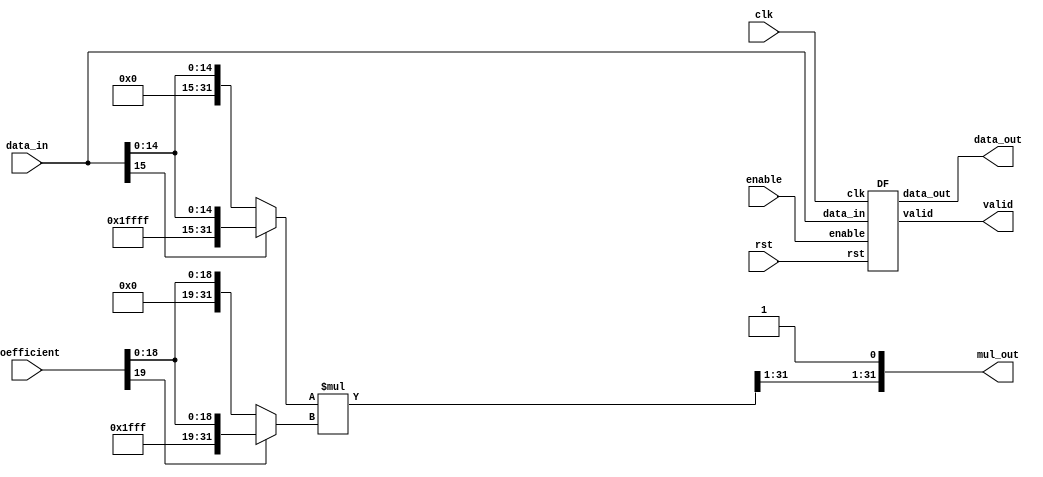
module M_A(
input clk,
input rst,
input enable,
input [15:0]data_in,
input [19:0]coefficient,
output valid,
output [15:0]data_out,
output [31:0]mul_out
);

wire[31:0]sign_extend;
wire[31:0]mul;
wire [31:0]mul_extend,coefficient_extend;

DF data_reg(
.clk(clk),
.rst(rst),
.enable(enable),
.data_in(data_in),
.data_out(data_out),
.valid(valid)
);

assign sign_extend=data_in[15]?{16'hffff,data_in}:{16'h0,data_in};//
assign coefficient_extend=coefficient[19]?{12'hfff,coefficient}:{12'h0,coefficient};
assign mul=sign_extend*coefficient_extend;
assign mul_out={mul[31:1],1'b1};

endmodule

module DF(
input clk,
input rst,
input enable,
input [15:0]data_in,

output valid,
output [15:0]data_out
);

reg [16:0]data;

always@(posedge clk) begin
if(rst)
data<=17'b0;
else
data<={enable,data_in};
end

assign {valid,data_out}=data;

endmodule